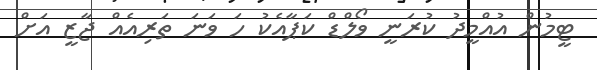
ޓީމުން އުއްމީދު ކުރަނީ ވޯލްޑް ކަޕާއެކު ހަ ވަނަ ތަރިއެއް ޖާޒީ އަށް